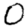
Digit: 0